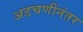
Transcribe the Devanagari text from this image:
अडचणींनंतर